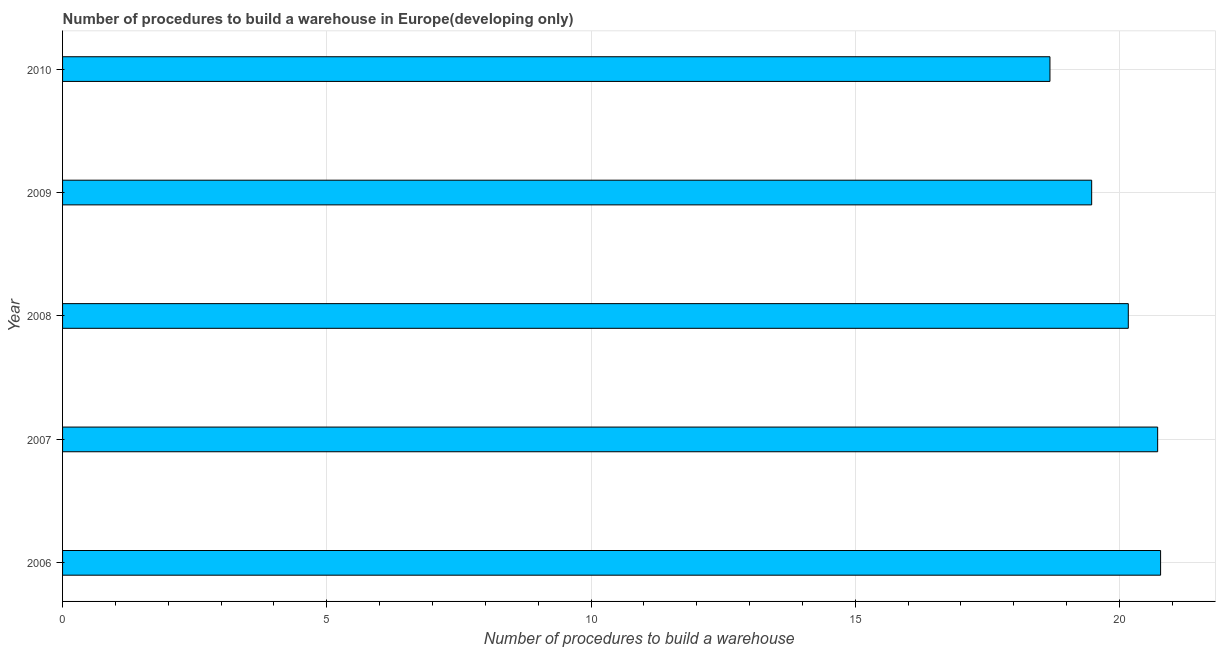
| Year | Build a warehouse |
 | --- | --- |
 | 2006 | 20.8 |
 | 2007 | 20.7 |
 | 2008 | 20.2 |
 | 2009 | 19.5 |
 | 2010 | 18.7 |